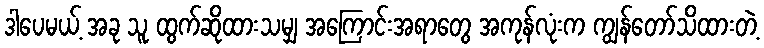
ဒါပေမယ့် အခု သူ ထွက်ဆိုထားသမျှ အကြောင်းအရာတွေ အကုန်လုံးက ကျွန်တော်သိထားတဲ့